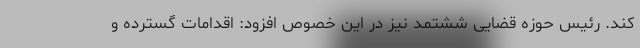
کند. رئیس حوزه قضایی ششتمد نیز در این خصوص افزود: اقدامات گسترده و